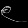
Digit: ၉